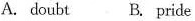
A. doubt B. Pride